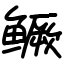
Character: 鳜